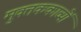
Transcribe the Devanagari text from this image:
मुक्तककाव्यों